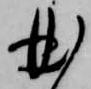
曲